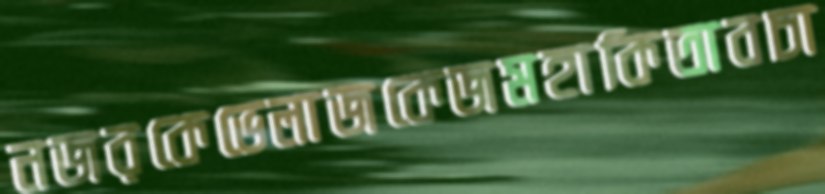
নজরকেভেলাজকেজমহাকিতাবচা